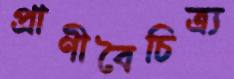
প্রাণীবৈচিত্র্য